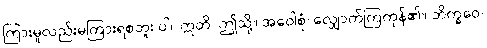
ကြားမူလည်းမကြားရစဘူး ပါ။ ဣတိ၊ ဤသို့။ အဝေါစုံ၊ လျှောက်ကြကုန်၏။ ဘိက္ခဝေ၊